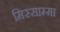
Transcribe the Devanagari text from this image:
मिस्साम्मा